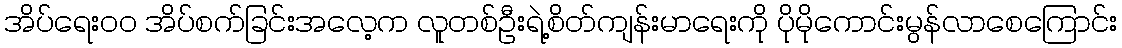
အိပ်ရေးဝဝ အိပ်စက်ခြင်းအလေ့က လူတစ်ဦးရဲ့စိတ်ကျန်းမာရေးကို ပိုမိုကောင်းမွန်လာစေကြောင်း